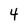
Character: 4